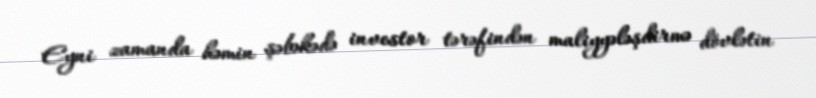
Eyni zamanda həmin şəbəkədə investor tərəfindən maliyyələşdirmə dövlətin